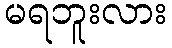
မရဘူးလား